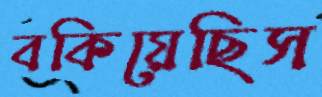
বকিয়েছিস